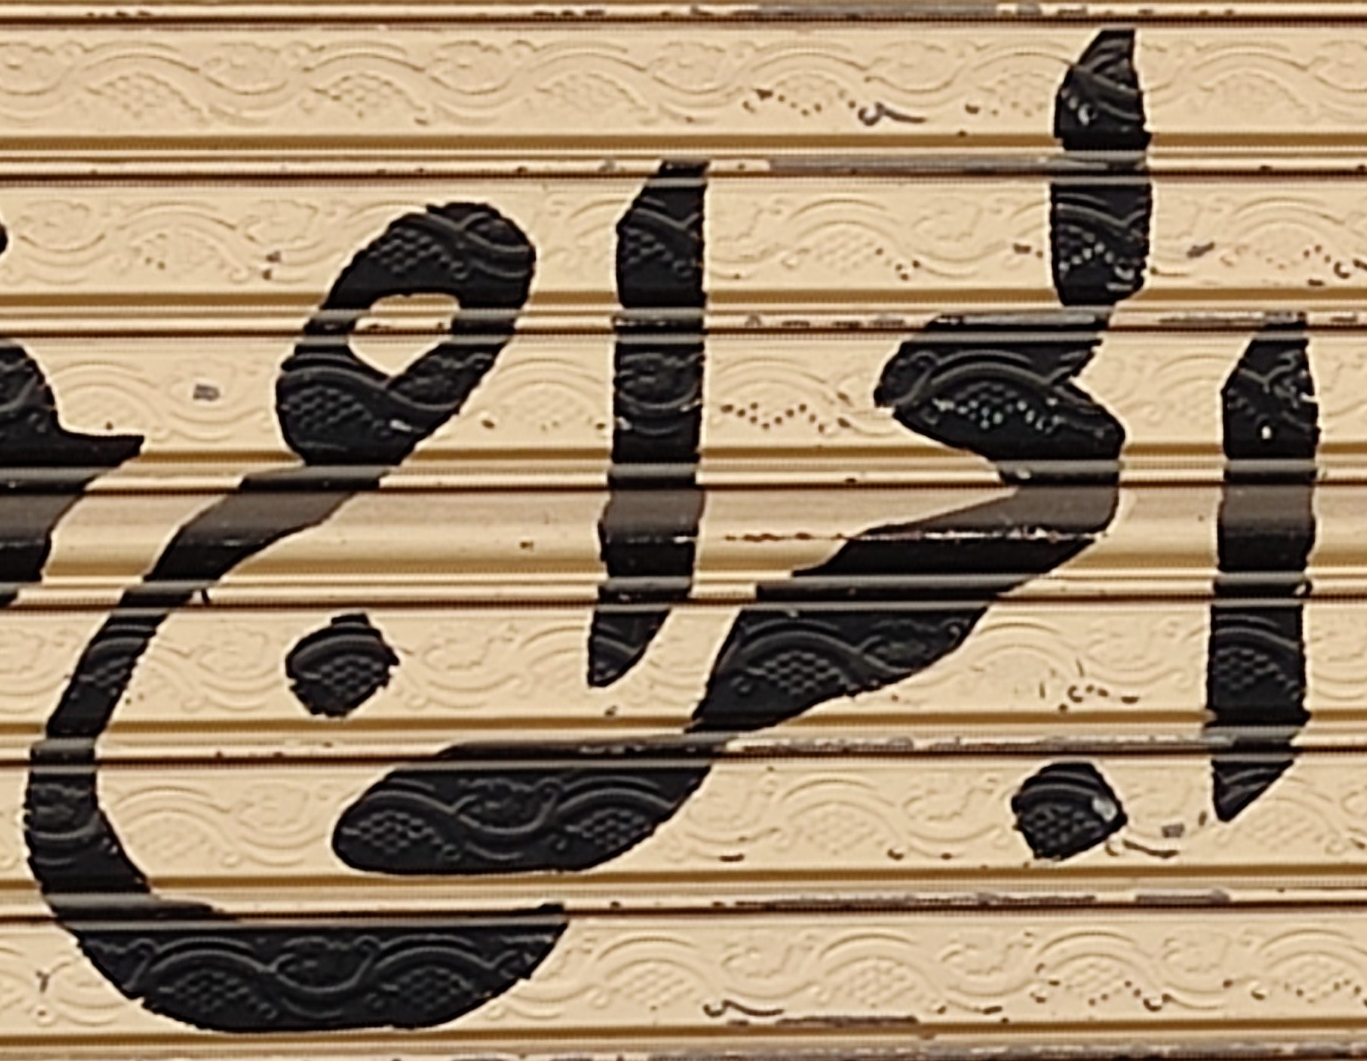
الجراج